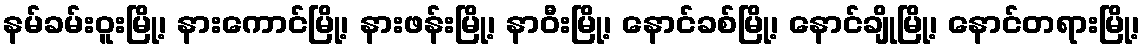
နမ်ခမ်းဝူးမြို့၊ နားကောင်မြို့၊ နားဖန်းမြို့၊ နာဝီးမြို့၊ နောင်ခစ်မြို့၊ နောင်ချိုမြို့၊ နောင်တရားမြို့၊